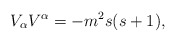
\begin{align*}V_{\alpha }V^{\alpha }=-m^{2}s(s+1), \end{align*}